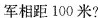
军相距100米?